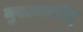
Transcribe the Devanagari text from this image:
मुखामासीद्